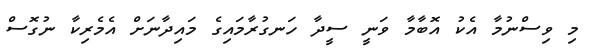
މި ވިސްނުމާ އެކު އޮބާމާ ވަނީ ސީދާ ހަނގުރާމައިގެ މައިދާނަށް އެމެރިކާ ނުގޮސް